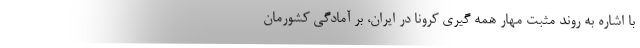
با اشاره به روند مثبت مهار همه گیری کرونا در ایران، بر آمادگی کشورمان